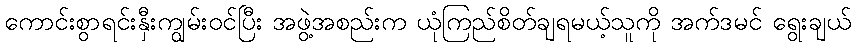
ကောင်းစွာရင်းနှီးကျွမ်းဝင်ပြီး အဖွဲ့အစည်းက ယုံကြည်စိတ်ချရမယ့်သူကို အက်ဒမင် ရွေးချယ်